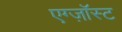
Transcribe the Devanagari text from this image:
एग्ज़ॉस्ट